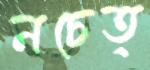
নচেত্